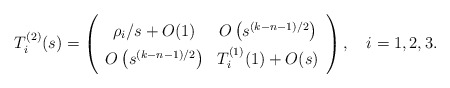
\begin{align*}\renewcommand{\arraystretch}{1.4} T^{(2)}_i(s)= \left( \begin{array}{cc} \rho_i/s+O(1) &O\left(s^{(k-n-1)/2}\right) \\ O\left(s^{(k-n-1)/2}\right) & T^{(1)}_i(1)+O(s) \end{array}\right), \quad i=1,2,3.\end{align*}